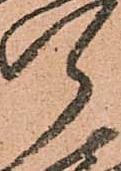
郎